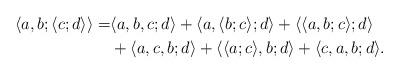
LaTeX: \begin{align*}\langle a,b;\langle c;d\rangle\rangle=&\langle a,b,c;d\rangle+\langle a,\langle b;c\rangle;d\rangle+\langle \langle a,b;c\rangle;d\rangle\\&+\langle a,c,b;d\rangle+\langle \langle a;c\rangle,b;d\rangle+\langle c,a,b;d\rangle.\end{align*}